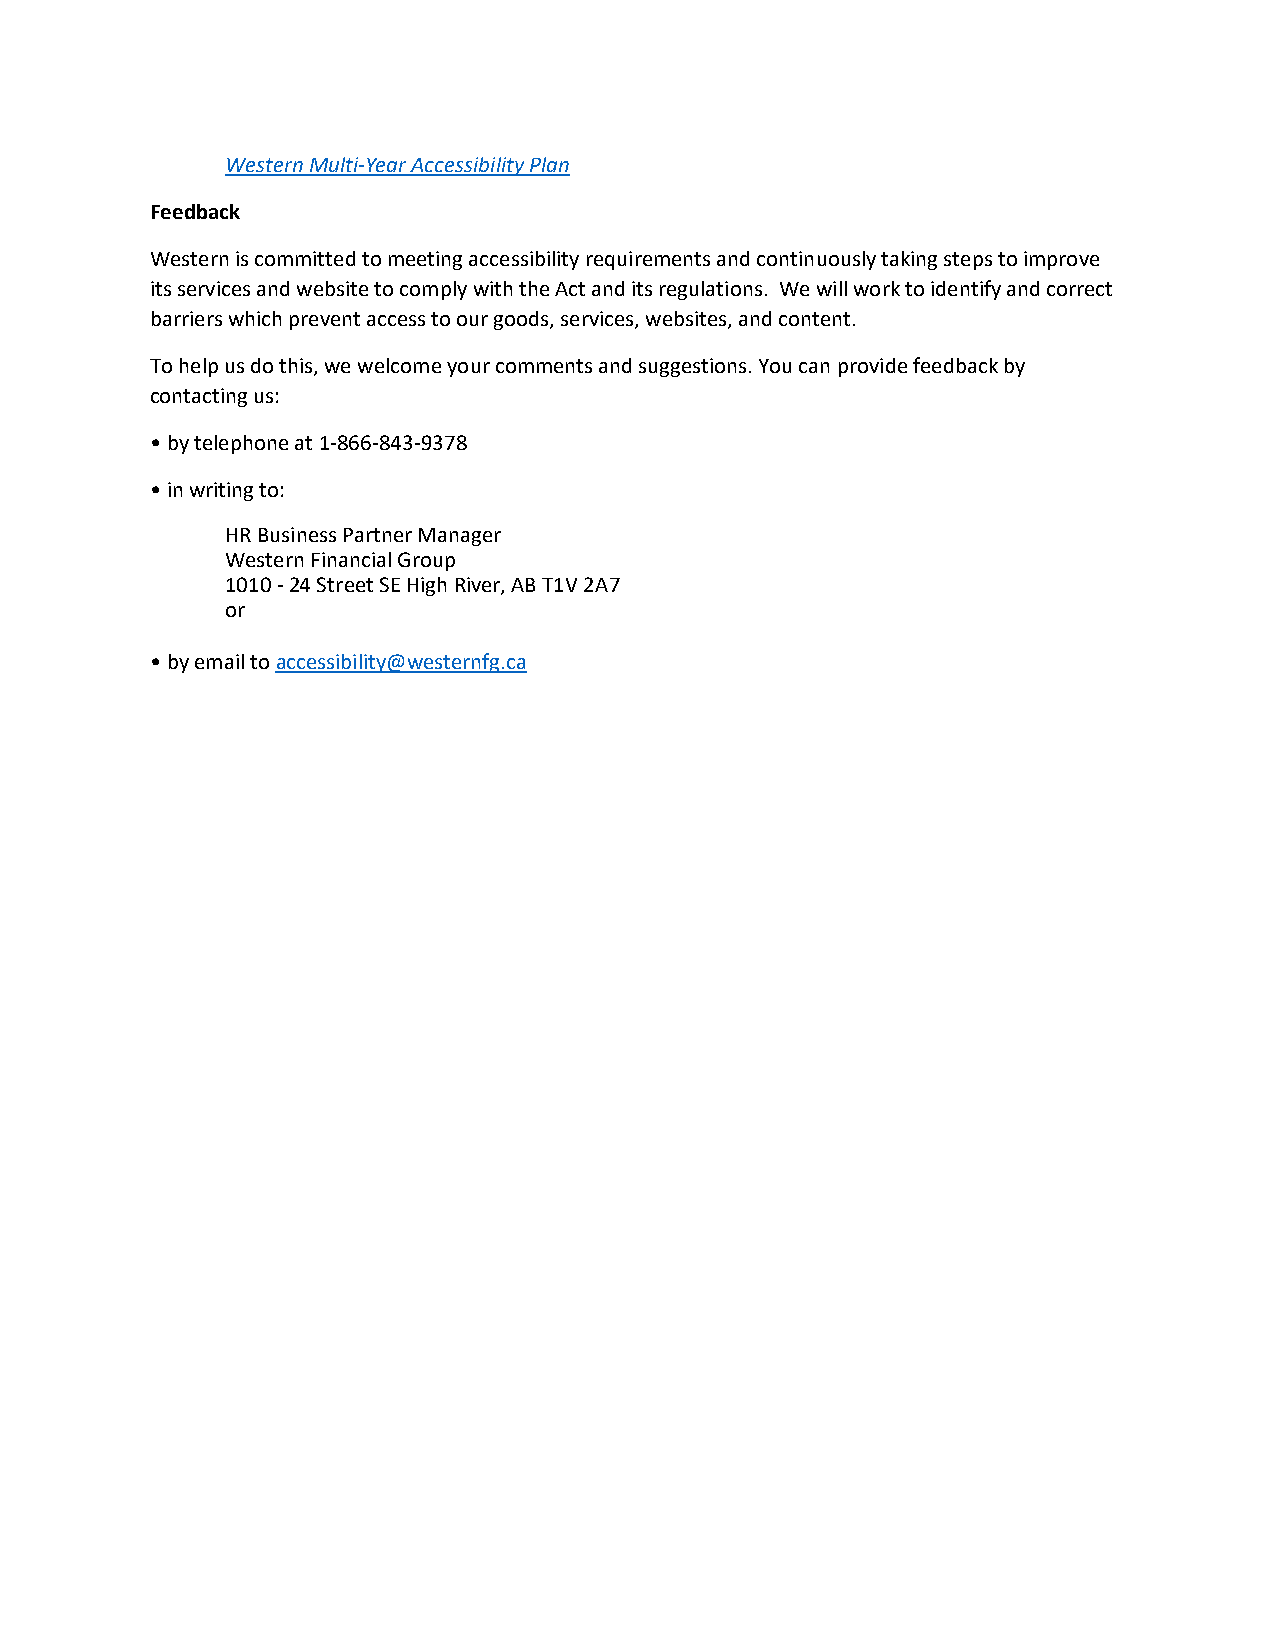
Western Multi-Year Accessibility Plan
 Feedback
 Western is committed to meeting accessibility requirements and continuously taking steps to improve
 its services and website to comply with the Act and its regulations. We will work to identify and correct
 barriers which prevent access to our goods, services, websites, and content.
 To help us do this, we welcome your comments and suggestions. You can provide feedback by
 contacting us:
 • by telephone at 1-866-843-9378
 • in writing to:
 HR Business Partner Manager
 Western Financial Group
 1010 - 24 Street SE High River, AB T1V 2A7
 or
 • by email to accessibility@westernfg.ca